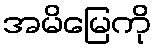
အမိမြေကို